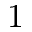
1